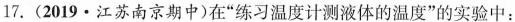
17.(2019·江苏南京期中)在”练习温度计测液体的温度”的实验中：